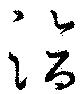
洽